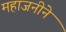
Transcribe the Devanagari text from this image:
महाजनीने